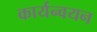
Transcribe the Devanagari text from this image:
कार्यन्वयन